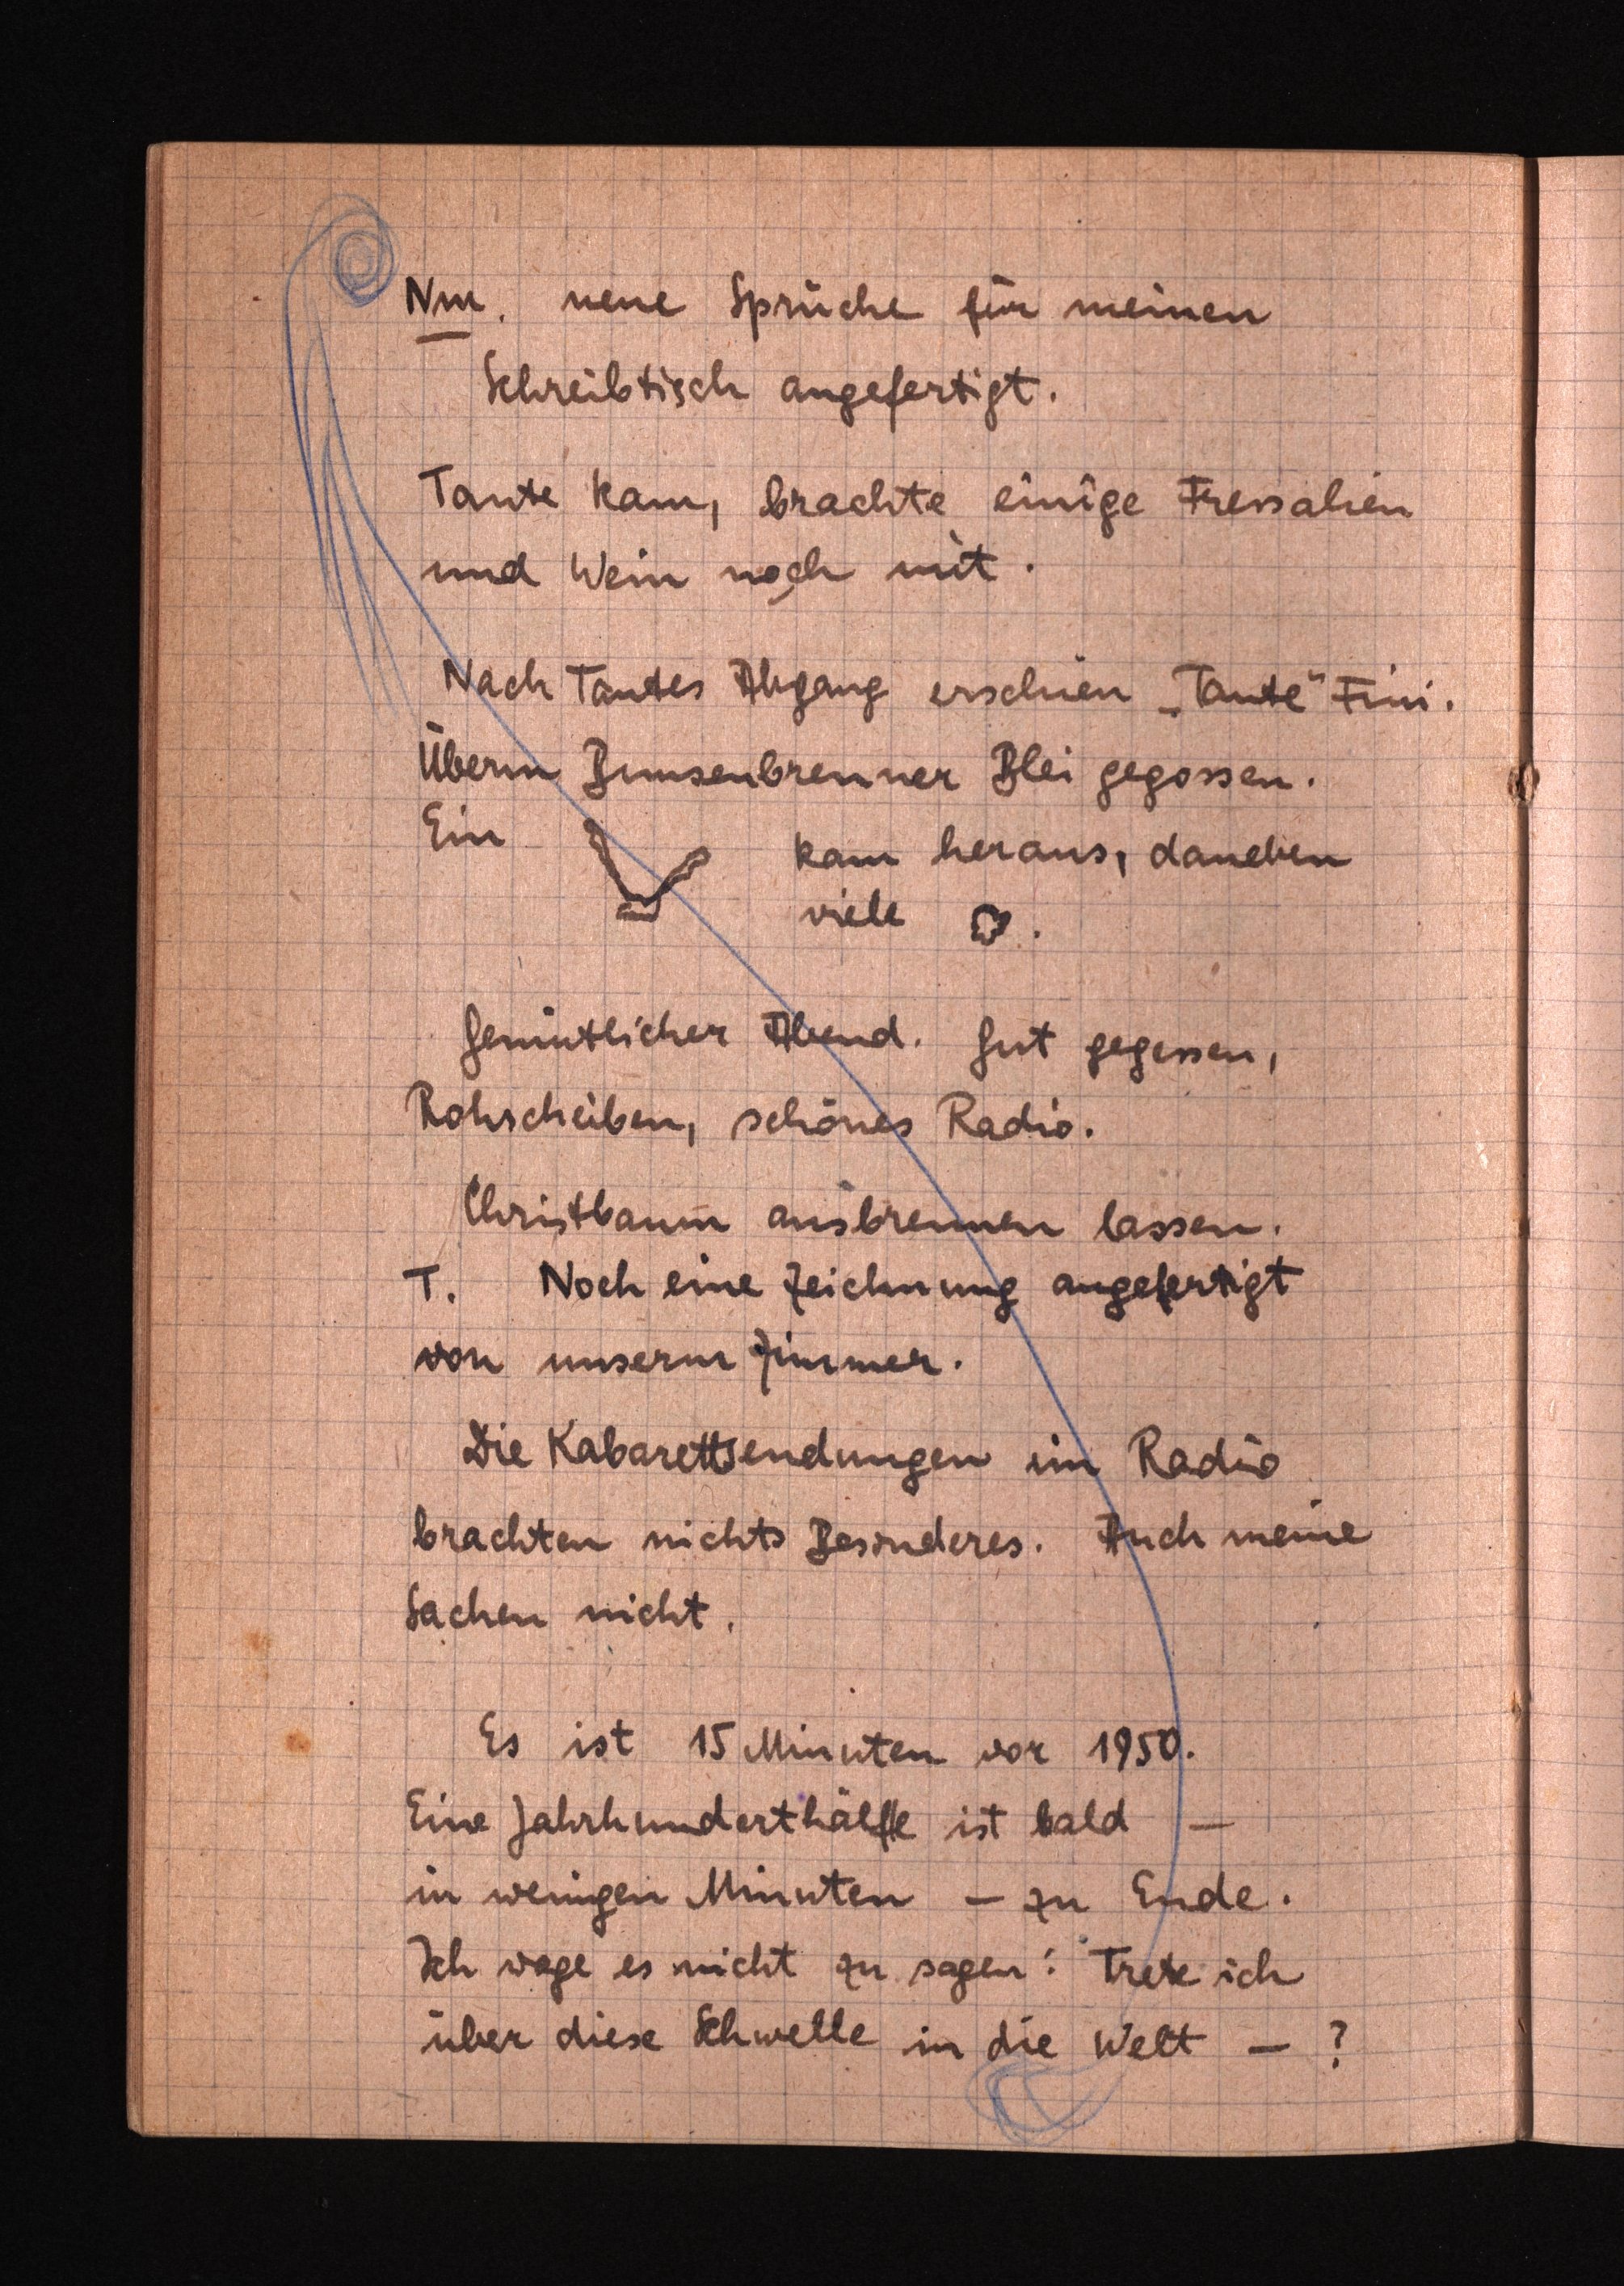
Nm. neue Sprüche für meinen
Schreibtischangefertigt.
Tante kam, brachte einige Fressalien
und Wein noch mit.
Nach Tantes Abgang erschien "Tante" Fini.
Überm Bunsenbrenner Blei gegossen.
Ein
kam heraus, daneben
viele
Gemütlicher Abend. Gut gegessen,
Rohscheiben, schönes Radio.
Christbaum ausbrennen lassen.
T. Noch eine Zeichnung angefertigt
vonunserm Zimmer.
Die Kabarettsendungen im Radio
brachten nichts Besonderes. Auch meine
Sachen nicht.
Es ist 15 Minuten vor 1950.
EineJahrhunderthälfte ist bald -
in wenigen Minuten - zu Ende.
Ich wage esnicht zu sagen: Trete ich
über diese Schwelle in die Welt -?